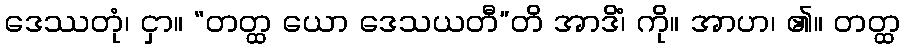
ဒေဿတုံ၊ ငှာ။ “တတ္ထ ယော ဒေသယတီ”တိ အာဒိံ၊ ကို။ အာဟ၊ ၏။ တတ္ထ